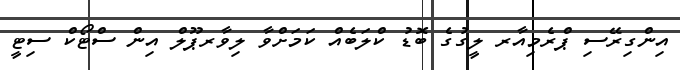
އިންގިރޭސި ޕްރެމިއާރ ލީގުގެ ބޮޑު ކްލަބެއް ކަމަށްވާ ލިވާރޕޫލް އިން ސްޓޯކް ސިޓީ